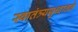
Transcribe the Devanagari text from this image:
स्वातंत्र्ययुध्दातले